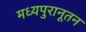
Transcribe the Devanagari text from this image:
मध्यपुरानूतन